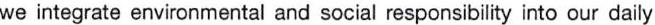
we integrate environmental and social responsibility into our daily